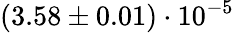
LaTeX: (3.58\pm 0.01)\cdot 10^{-5}